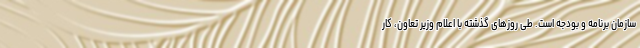
سازمان برنامه و بودجه است. طی روزهای گذشته با اعلام وزیر تعاون، کار